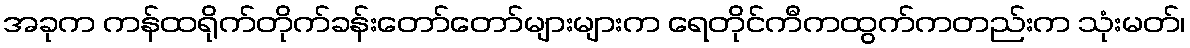
အခုက ကန်ထရိုက်တိုက်ခန်းတော်တော်များများက ရေတိုင်ကီကထွက်ကတည်းက သုံးမတ်၊